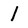
Character: 1